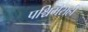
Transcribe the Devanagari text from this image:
पश्चिमेसही